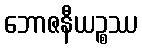
ဘောဇနီယဉ္စဿ